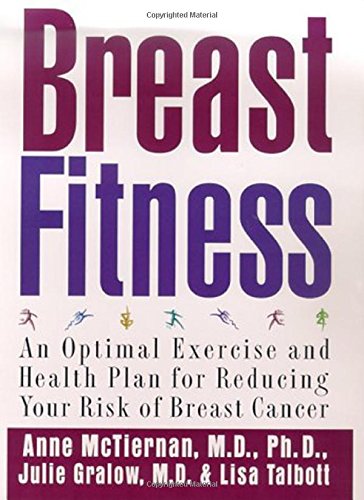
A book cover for Breast Fitness: An Optimal Exercise and Health Plan for Reducing Your Risk of Breast Cancer; Anne McTiernan; Health, Fitness & Dieting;